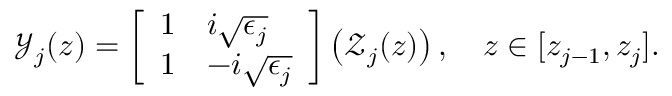
\begin{array} { r } { \mathcal { Y } _ { j } ( z ) = \left[ \begin{array} { l l } { 1 } & { i \sqrt { \epsilon _ { j } } } \\ { 1 } & { - i \sqrt { \epsilon _ { j } } } \end{array} \right] \left( \mathcal { Z } _ { j } ( z ) \right) , \quad z \in [ z _ { j - 1 } , z _ { j } ] . } \end{array}